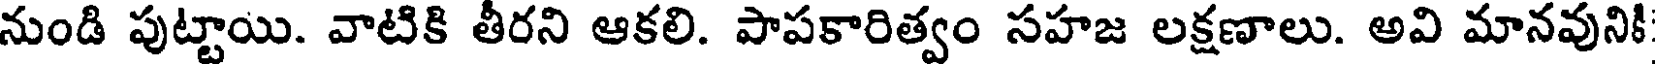
నుండి పుట్టాయి. వాటికి తీరని ఆకలి. పాపకారిత్వం సహజ లక్షణాలు. అవి మానవునికి